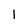
Character: 1